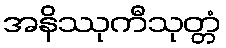
အနိဿုကီသုတ္တံ